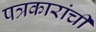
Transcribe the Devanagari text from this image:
पत्रकारांची